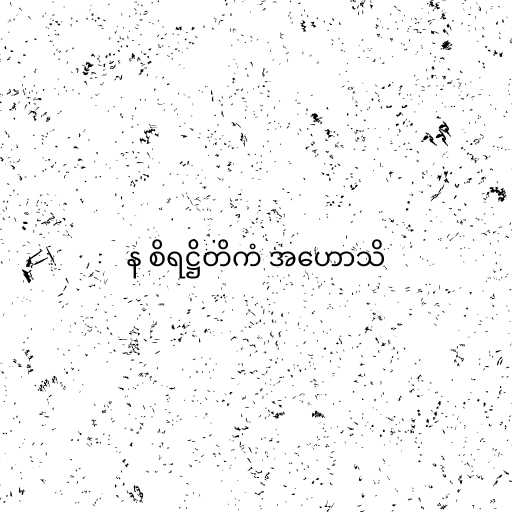
န စိရဋ္ဌိတိကံ အဟောသိ